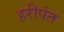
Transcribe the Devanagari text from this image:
हरीपंत